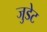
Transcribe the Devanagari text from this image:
जुडेट